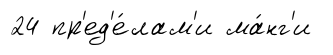
24 пр'ед'е́лам'и ма́нг'и